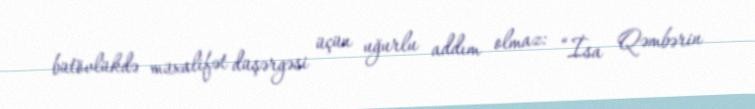
bütövlükdə müxalifət düşərgəsi üçün uğurlu addım olmaz: “İsa Qəmbərin